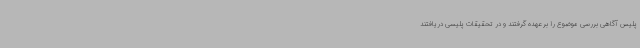
پلیس آگاهی بررسی موضوع را بر عهده گرفتند و در تحقیقات پلیسی دریافتند